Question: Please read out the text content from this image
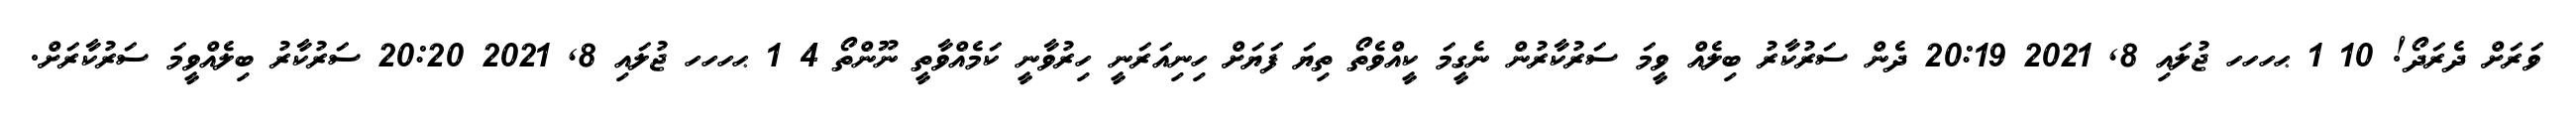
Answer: ވަރަށް ދެރަދޯ! 10 1 ޙހހހ ޖުލައި 8, 2021 20:19 ދެން ސަރުކާރު ބިލެއް ވީމަ ސަރުކާރުން ނެގީމަ ކީއްވެތޯ ތިޔަ ފަޔަށް ހިނިއަރަނީ ހިރުވާނީ ކަމެއްވާތީ ނޫންތޯ 4 1 ޙހހހ ޖުލައި 8, 2021 20:20 ސަރުކާރު ބިލެއްވީމަ ސަރުކާރަށް.